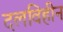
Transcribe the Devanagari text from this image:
दलविहीन